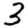
Digit: 3